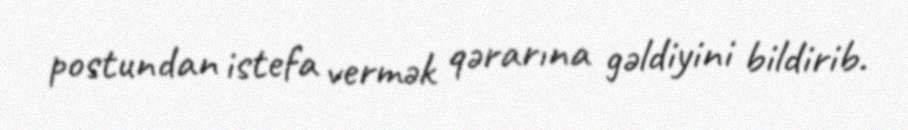
postundan istefa vermək qərarına gəldiyini bildirib.